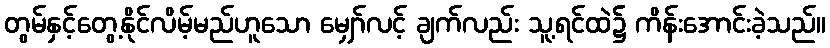
တွမ်နှင့်တွေ့နိုင်လိမ့်မည်ဟူသော မျှော်လင့် ချက်လည်း သူ့ရင်ထဲ၌ ကိန်းအောင်းခဲ့သည်။